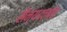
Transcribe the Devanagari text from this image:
सैन्यदलांत